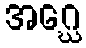
အဂ္ဃေ